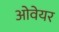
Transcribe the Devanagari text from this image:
ओवेयर